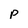
Character: p